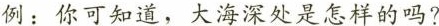
例：你可知道，大海深处是怎样的吗?